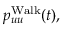
p _ { u u } ^ { \operatorname { W a l k } } ( t ) ,